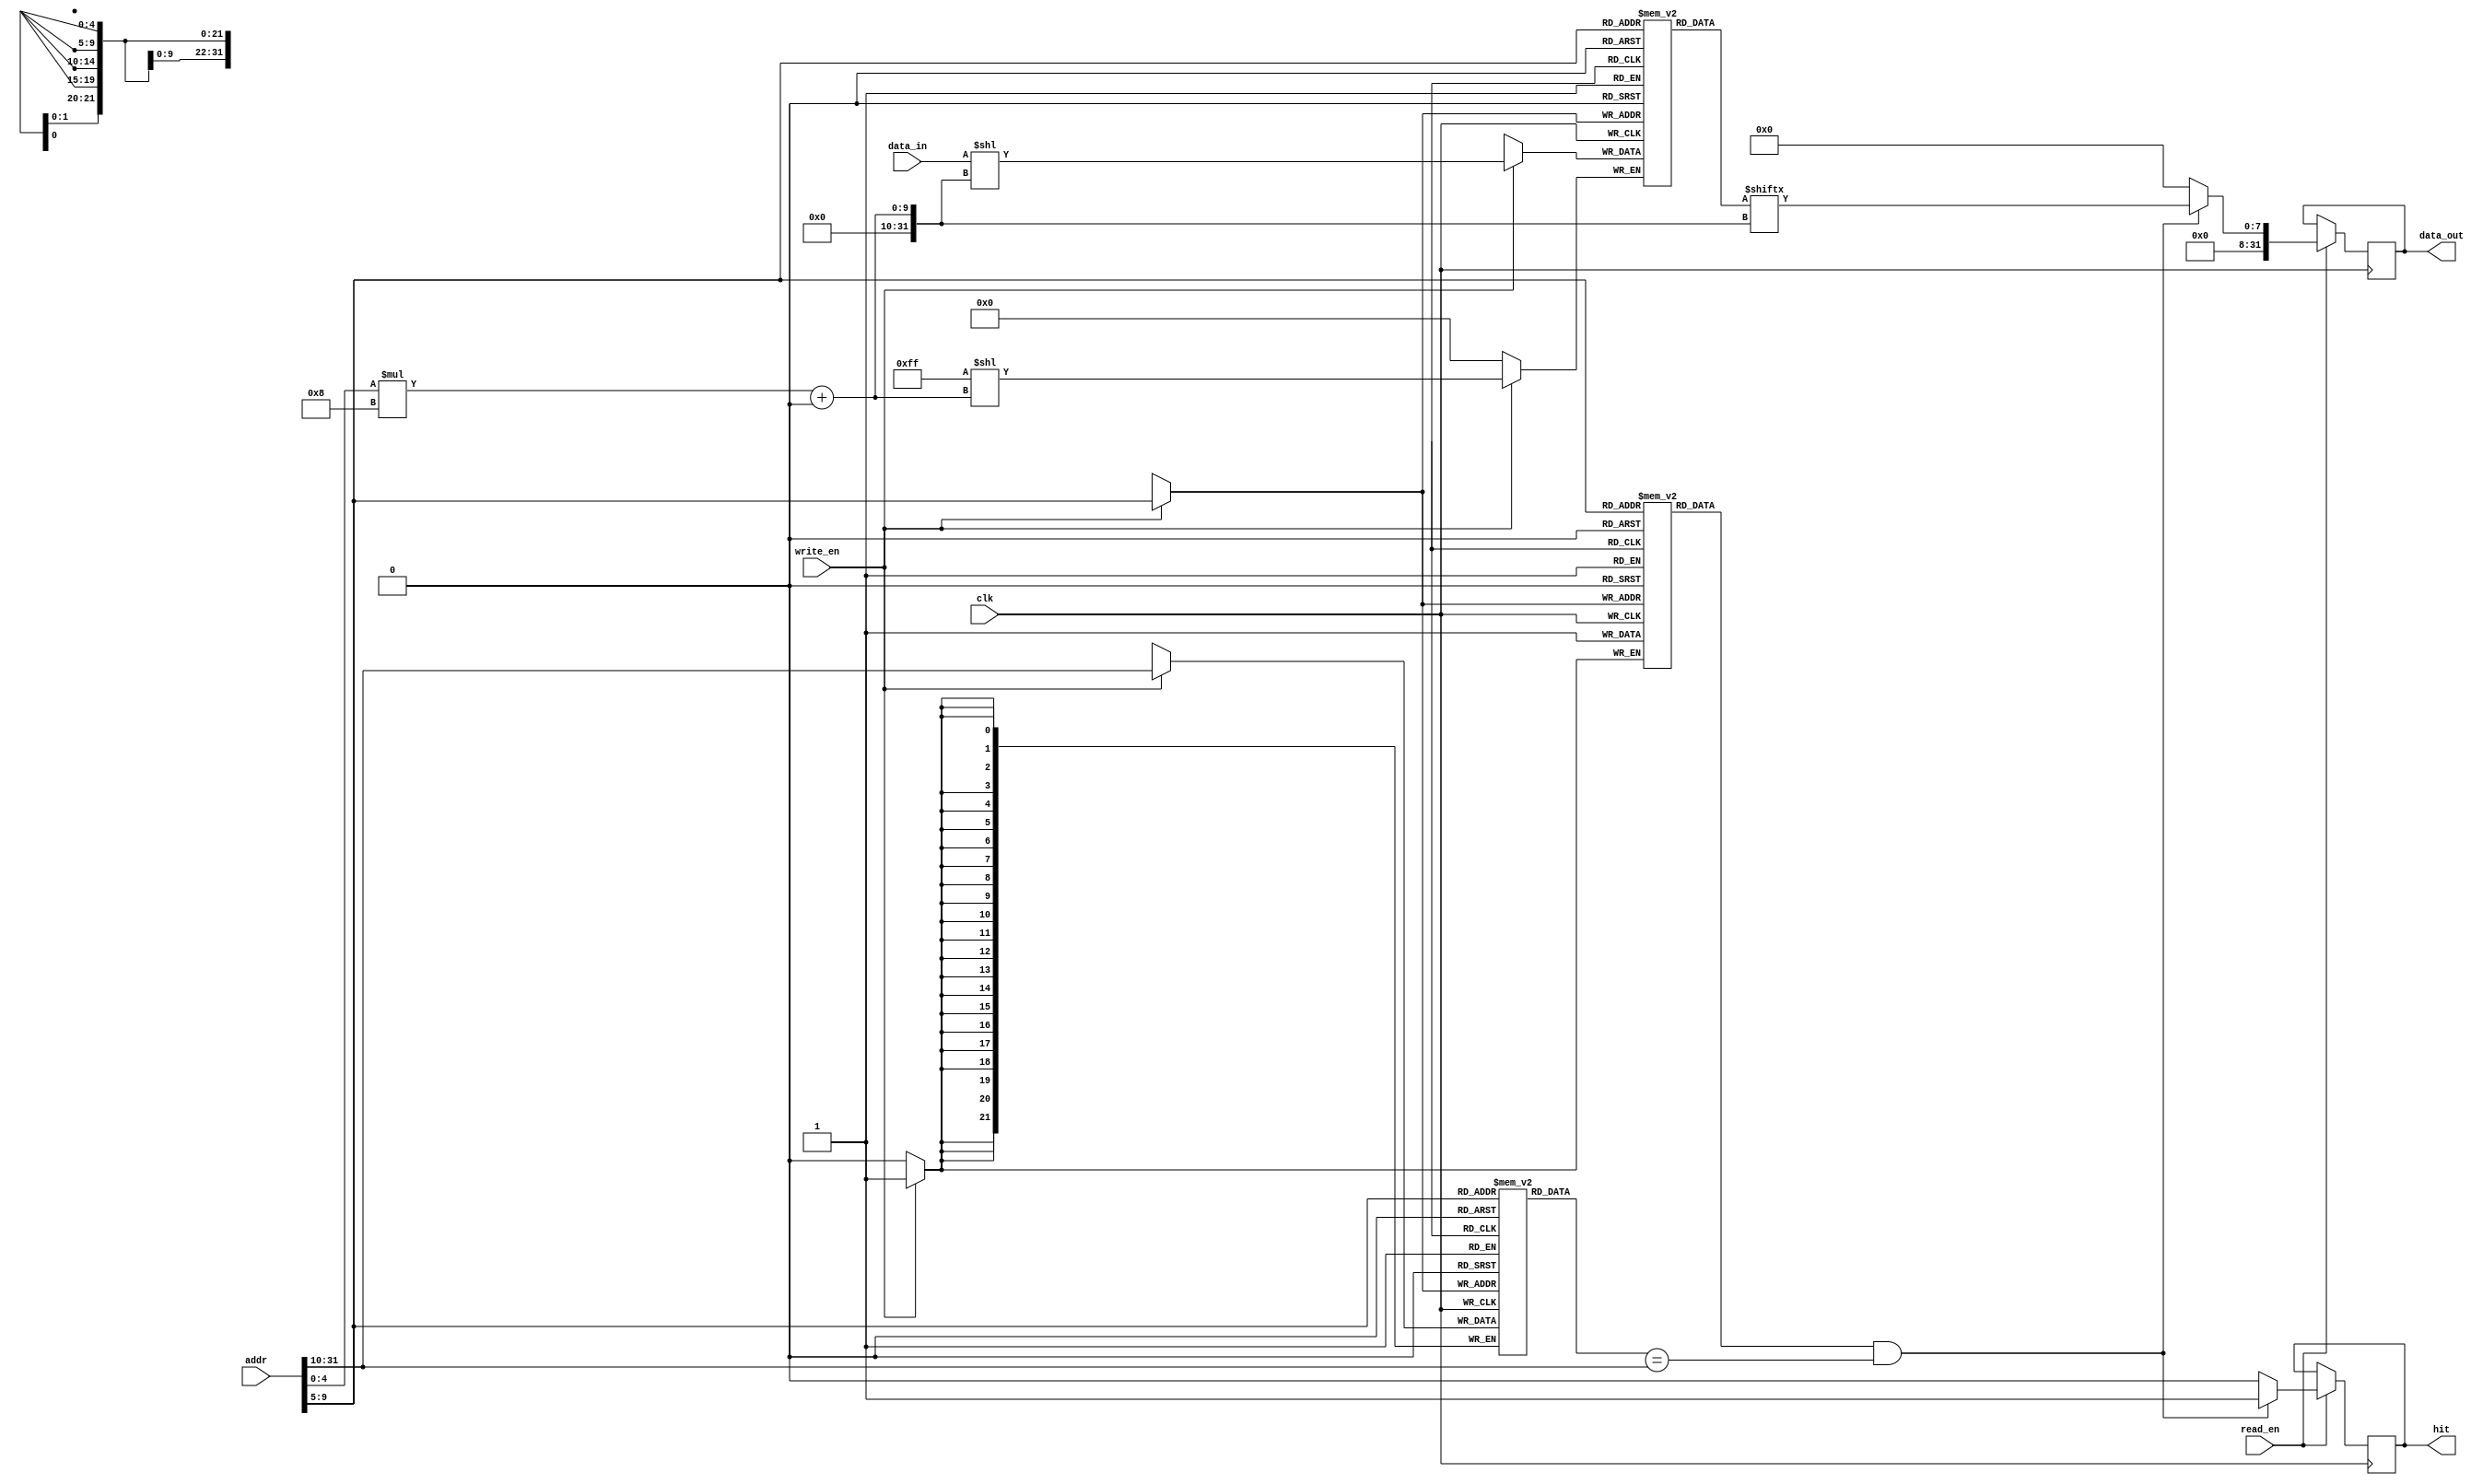
module direct_mapped_cache #(
    parameter CACHE_SIZE = 1024, // Total cache size in bytes
    parameter BLOCK_SIZE = 32     // Block size in bytes
) (
    input wire [31:0] addr,       // Memory address
    input wire [31:0] data_in,    // Data to write
    input wire read_en,           // Read enable
    input wire write_en,          // Write enable
    input wire clk,               // Clock signal
    output reg [31:0] data_out,   // Data read from cache
    output reg hit                // Hit signal
);

    localparam NUM_LINES = CACHE_SIZE / BLOCK_SIZE; // Number of cache lines
    localparam INDEX_BITS = $clog2(NUM_LINES);      // Number of bits for index
    localparam BLOCK_OFFSET_BITS = $clog2(BLOCK_SIZE); // Number of bits for block offset
    localparam TAG_BITS = 32 - INDEX_BITS - BLOCK_OFFSET_BITS; // Number of bits for tag

    // Cache line structure
    reg [TAG_BITS-1:0] tag [0:NUM_LINES-1]; // Tag storage
    reg [BLOCK_SIZE-1:0] data [0:NUM_LINES-1]; // Data storage
    reg valid [0:NUM_LINES-1]; // Valid bits

    // Extract address fields
    wire [TAG_BITS-1:0] tag_in = addr[31:32-TAG_BITS];
    wire [INDEX_BITS-1:0] index = addr[32-TAG_BITS-1:BLOCK_OFFSET_BITS];
    wire [BLOCK_OFFSET_BITS-1:0] block_offset = addr[BLOCK_OFFSET_BITS-1:0];

    // Read operation
    always @(posedge clk) begin
        if (read_en) begin
            if (valid[index] && (tag[index] == tag_in)) begin
                // Cache hit
                data_out <= data[index][block_offset * 8 +: 8]; // Read byte from data
                hit <= 1'b1;
            end else begin
                // Cache miss
                data_out <= 32'b0; // Assuming data is fetched from memory (not implemented)
                hit <= 1'b0;
            end
        end
    end

    // Write operation
    always @(posedge clk) begin
        if (write_en) begin
            // Write data to cache
            data[index][block_offset * 8 +: 8] <= data_in; // Write byte to data
            tag[index] <= tag_in; // Update tag
            valid[index] <= 1'b1; // Set valid bit
        end
    end

endmodule